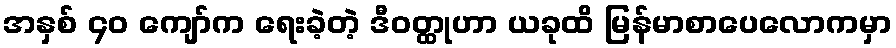
အနှစ် ၄၀ ကျော်က ရေးခဲ့တဲ့ ဒီဝတ္ထုဟာ ယခုထိ မြန်မာစာပေလောကမှာ